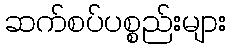
ဆက်စပ်ပစ္စည်းများ